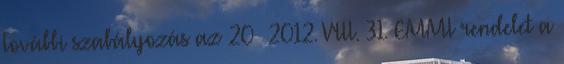
További szabályozás az 20 2012. VIII. 31. EMMI rendelet a